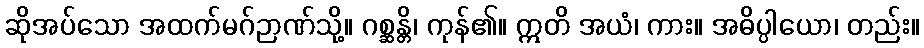
ဆိုအပ်သော အထက်မဂ်ဉာဏ်သို့။ ဂစ္ဆန္တိ၊ ကုန်၏။ ဣတိ အယံ၊ ကား။ အဓိပ္ပါယော၊ တည်း။